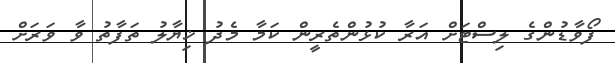
ފޯވާޑުންގެ ލިސްޓަށް އަރާ ކުޅުންތެރީން ކަމާ މެދު ޚިޔާލު ތަފާތު ވާ ވަރަށް